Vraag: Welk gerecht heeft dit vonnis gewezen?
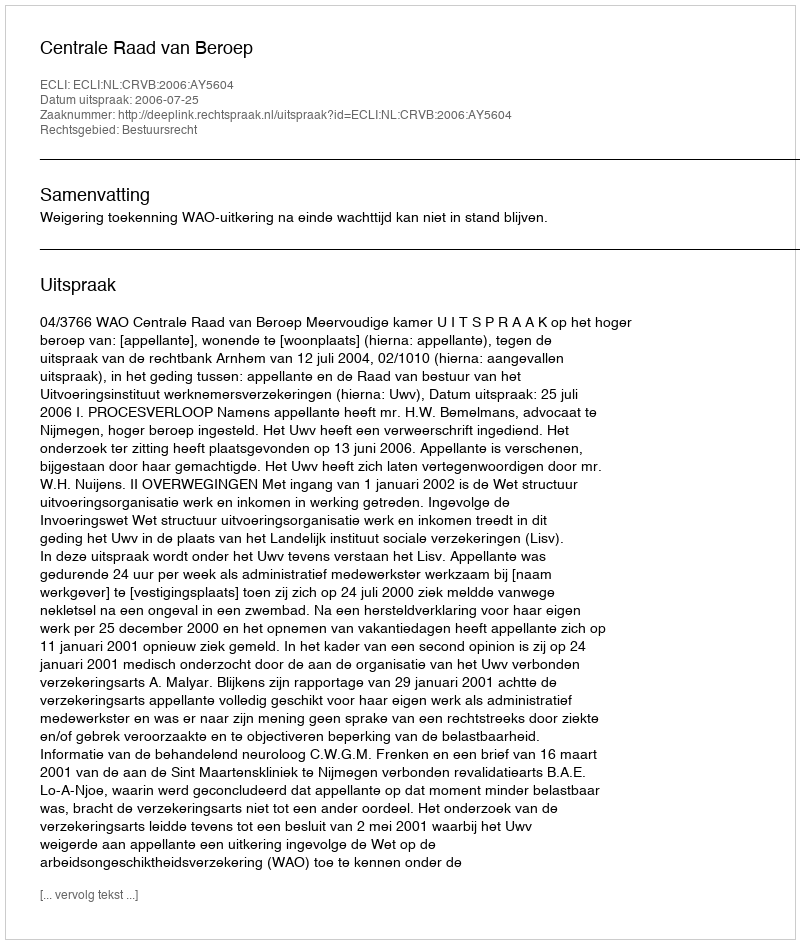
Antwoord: Centrale Raad van Beroep